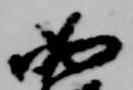
如